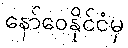
နော်ဝေနိုင်ငံမှ